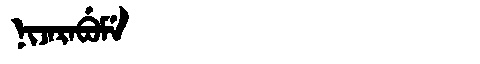
Manchu: ᠨᡳᠵᠠᡵᠠᠪᡠᠮᡝ
Romanization: NIJARABUME